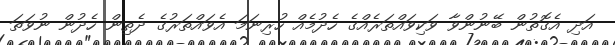
އަދި އެގޮތުން ބޭނުންވާ ވަކިވައްތަރެއްގެ ހެދުމެއް ހުރިނަމަ އެވައްތަރުގެ ދެތިން ހެދުން ނުވަތަ